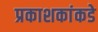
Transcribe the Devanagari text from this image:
प्रकाशकांकडे